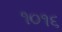
૧૦૧૬